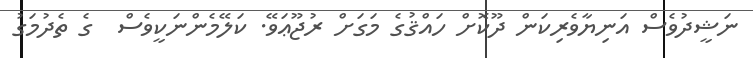
ނަޝީދުވެސް އަނިޔާވެރިކަން ދޫކޮށް ހައްޤުގެ މަގަށް ރުޖޫޢަވޭ. ކަލޭމެންނަކީވެސް  ގެ ތެދުމަގު